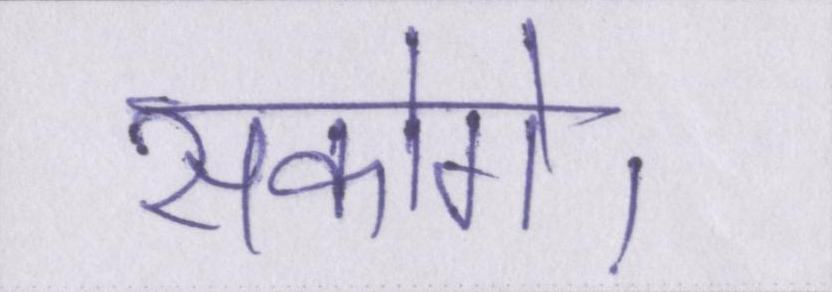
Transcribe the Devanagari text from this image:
सकोगे।